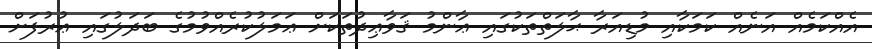
އެއްކަމެއް އަނެއް ކަމަކާއި މުޑިއަރާ ޙާލަތްތަކުގައި ޢާންމު ޤަވާޢިދުތަކަށް ޢަމަލުކުރެއްވުމުގެ ބަދަލުގައި ޢުރުފަށް